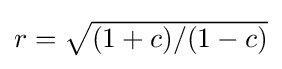
{\textstyle r={\sqrt {(1+c)/(1-c)}}}